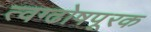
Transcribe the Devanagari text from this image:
त्वग्ढोषपूरक